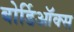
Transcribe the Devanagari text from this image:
बोर्डिऑक्स